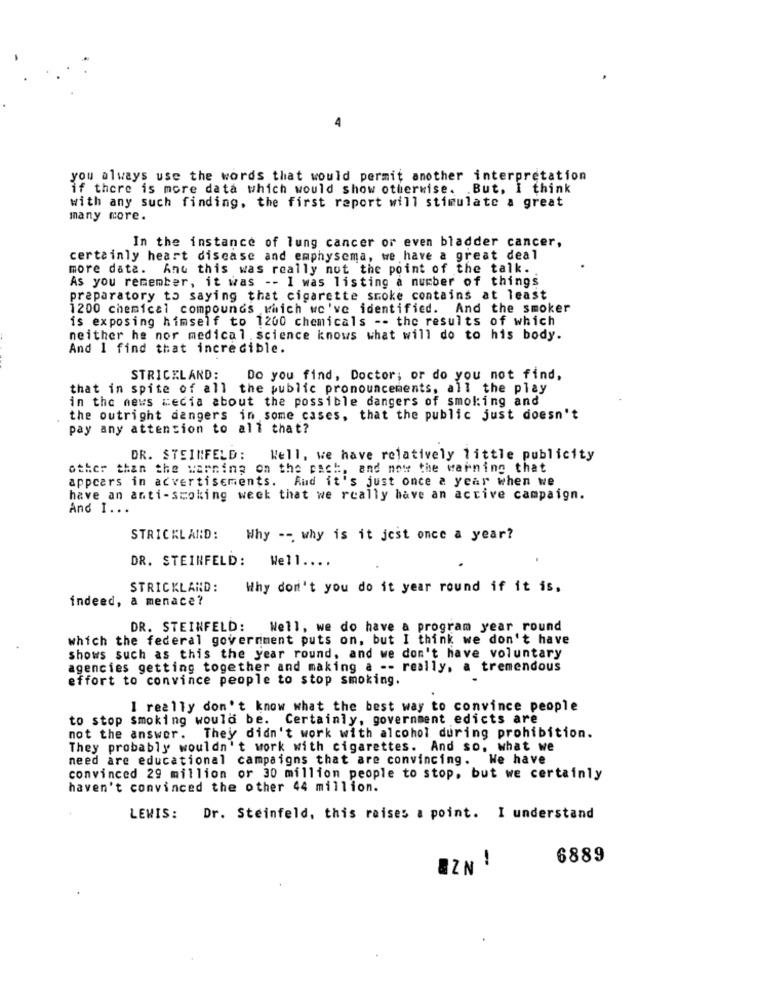
you always use the words that would permit another interpretation
if there is more data which would show otherwise. . But, I think
with any such finding, the first report will stimulate a great
many more.
In the instance of lung cancer or even bladder cancer,
certainly heart disease and emphysema, we have a great deal
more data. And this was really not the point of the talk.
As you remember, it was -- I was listing a number of things
preparatory to saying that cigarette smoke contains at least
1200 chemical compounds which we've identified. And the smoker
is exposing himself to 1200 chemicals -- the results of which
neither he nor medical science knows what will do to his body.
And I find that incredible.
STRICKLAND:
Do you find, Doctor; or do you not find,
that in spite of all the public pronouncements, all the play
in the news media about the possible dangers of smoking and
the outright dangers in some cases, that the public just doesn't
pay any attention to all that?
DR. STEINFELD:
Well. we have relatively little publicity
other than the warning on the pack, and now the warning that
appcars in advertisements. Rud it's just once a year when we
have an anti-smoking week that we really have an active campaign.
And I ...
STRICKLAND: Why -- why is it jest once a year?
DR. STEINFELD:
Well ....
STRICKLAND:
Why don't you do it year round if it is,
indeed, a menace?
DR. STEINFELD: Well, we do have a program year round
which the federal government puts on, but I think we don't have
shows such as this the year round, and we don't have voluntary
agencies getting together and making a -- really. a tremendous
effort to convince people to stop smoking.
I really don't know what the best way to convince people
to stop smoking would be. Certainly, government edicts are
not the answer. They didn't work with alcohol during prohibition.
They probably wouldn't work with cigarettes. And so, what we
need are educational campaigns that are convincing. We have
convinced 29 million or 30 million people to stop, but we certainly
haven't convinced the other 44 million.
LEWIS:
Dr. Steinfeld, this raises a point. I understand
6889